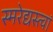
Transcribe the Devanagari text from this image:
स्मरेद्यस्त्वां